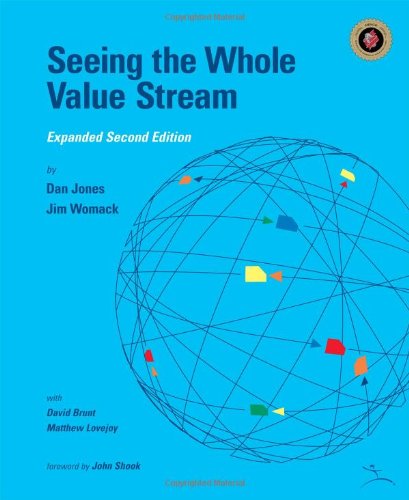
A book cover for Seeing the Whole Value Stream; Dan Jones; Business & Money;